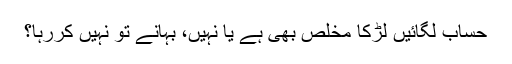
حساب لگائیں لڑکا مخلص بھی ہے یا نہیں، بہانے تو نہیں کررہا؟